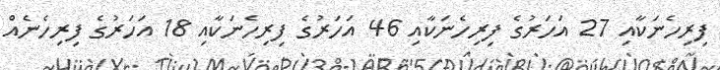
ފިރިހެނަކާއި 27 އަހަރުގެ ފިރިހެނަކާއި 46 އަހަރުގެ ފިރިހެނަކާއި 18 އަހަރުގެ ފިރިހެނެއް